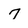
Character: 7